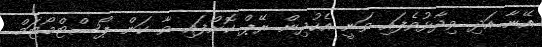
އޭނާ އަދި ވިދާޅުވެފައި ވަނީ އެކުދިން ރޭޕް ކޮށްފައި ވާ ކަން ޕޯސްޓްމޯޓަމް